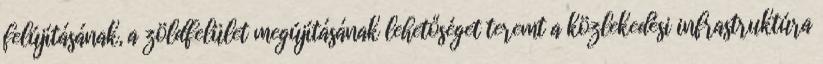
felújításának, a zöldfelület megújításának lehetőséget teremt a közlekedési infrastruktúra